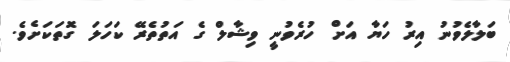
ބަލާލެވުނު އިރު ހަޔާ އަށް ހުރެވުނީ ވިޝާލް ގެ އަތުތެރޭ ކަހަލަ ގޮތަކަށެވެ.